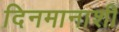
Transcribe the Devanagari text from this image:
दिनमानाशी